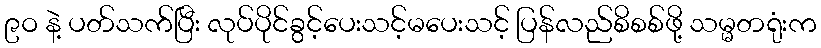
၉ဝ နဲ့ ပတ်သက်ပြီး လုပ်ပိုင်ခွင့်ပေးသင့်မပေးသင့် ပြန်လည်စိစစ်ဖို့ သမ္မတရုံးက